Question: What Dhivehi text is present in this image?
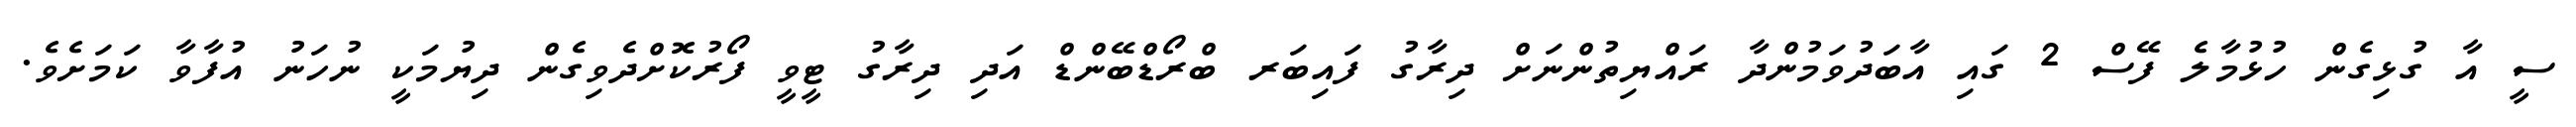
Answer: ސީ އާ ގުޅިގެން ހުޅުމާލެ ފޭސް 2 ގައި އާބަދުވަމުންދާ ރައްޔިތުންނަށް ދިރާގު ފައިބަރ ބްރޯޑްބޭންޑް އަދި ދިރާގު ޓީވީ ފޯރުކޮށްދެވިގެން ދިޔުމަކީ ނުހަނު އުފާވާ ކަމަށެވެ.